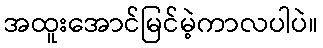
အထူးအောင်မြင်မဲ့ကာလပါပဲ။